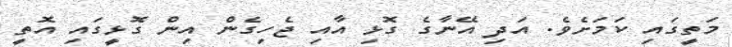
މަތީގައި ކަމަށެވެ. އަދި އޭނާގެ ގޮޅި އާއި ޖެހިގެން އިން ގޮޅީގައި އޮތީ